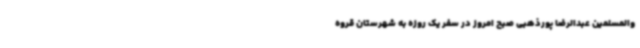
والمسلمین عبدالرضا پورذهبی صبح امروز در سفر یک روزه به شهرستان قروه